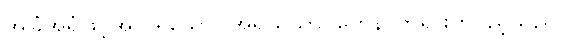
အခြံအရံဖြင့်အလိုရှိသော။ အရိယသာဝကေန၊ ဘုရားတပည့်သည်။